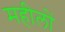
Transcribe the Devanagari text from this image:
महीलों